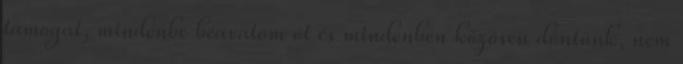
támogat, mindenbe beavatom őt és mindenben közösen döntünk, nem